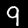
Digit: 9